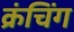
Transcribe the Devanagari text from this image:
क्रंचिंग